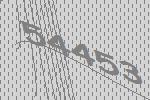
54453